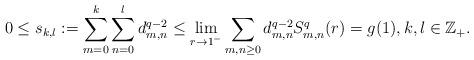
LaTeX: \begin{gather*} 0\leq s_{k,l}:= \sum_{m=0}^k \sum_{n=0}^l d_{m,n}^{q-2} \leq\lim_{r\to1^-}\sum_{m,n\geq0} d_{m,n}^{q-2}S_{m,n}^{q}(r) = g(1), k,l\in\mathbb{Z}_+.\end{gather*}